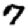
Digit: 7